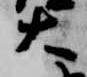
大